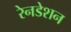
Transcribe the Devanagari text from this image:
रेनडेशन